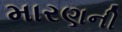
મારણની